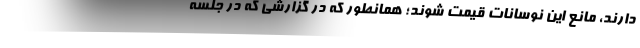
دارند، مانع این نوسانات قیمت شوند؛ همانطور که در گزارشی که در جلسه